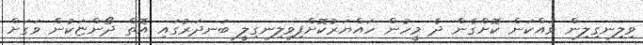
ވިލިނގިލިން ވައްކަން ކޮށްގެން ދެ މީހުން ހައްޔަރުކޮށްފިވިލިނގިލީ ބަނދަރުގައި އޮތް ދޯންޏަކުން ވަގަށް